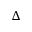
\Delta